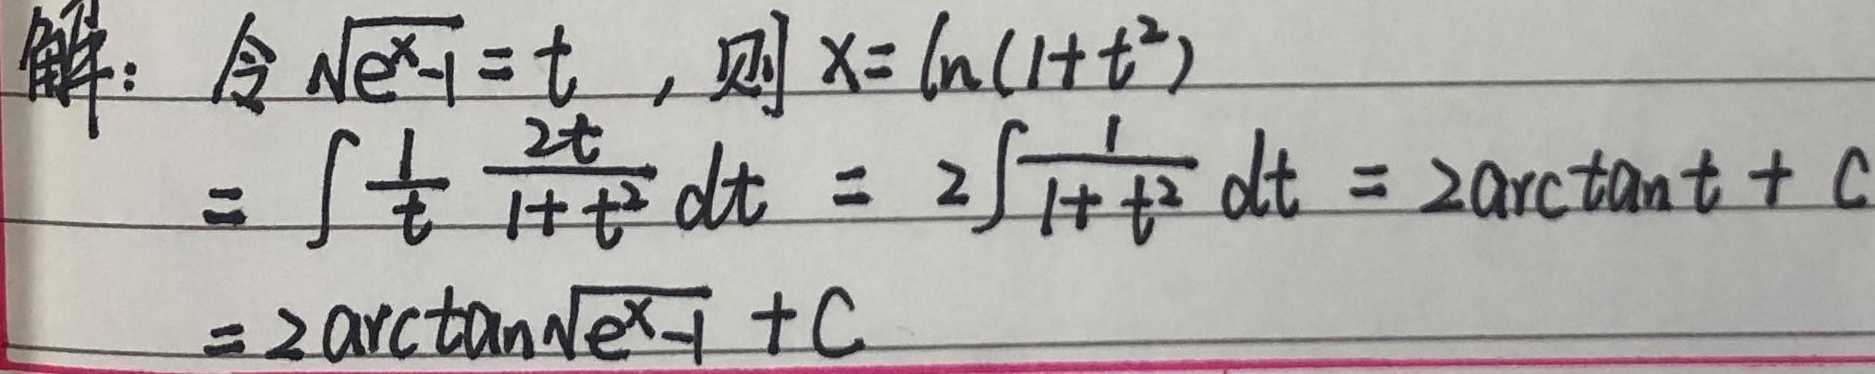
解：令\(\sqrt{e^{x}-1}=t\)，则\(x = \ln(1 + t^{2})\)。

\[
\begin{align*}
&\int\frac{1}{t}\cdot\frac{2t}{1 + t^{2}}dt\\
=&2\int\frac{1}{1 + t^{2}}dt\\
=&2\arctan t + C\\
=&2\arctan\sqrt{e^{x}-1}+C
\end{align*}
\]